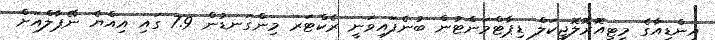
އިންޑިއާގެ މީޓިއޮރޮލޮޖިކަލް ޑިޕާޓްމަންޓުން ބުނެފައިވަނީ ރެކްޓަރ މިންގަނޑުން 7.9 ގައި އިއްޔެ ނޭޕާލްއަށް